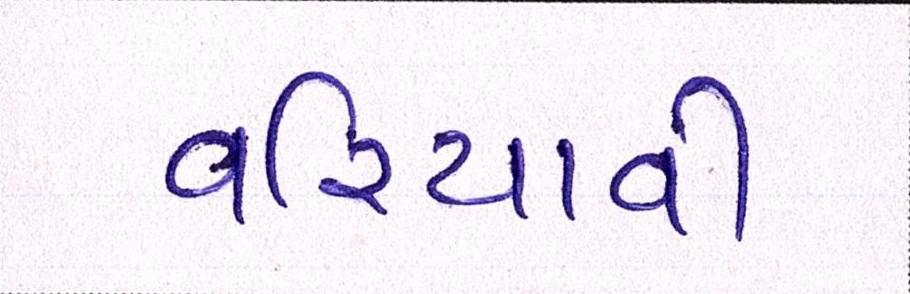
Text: વરિયાવી